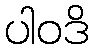
ပါဝဒိ